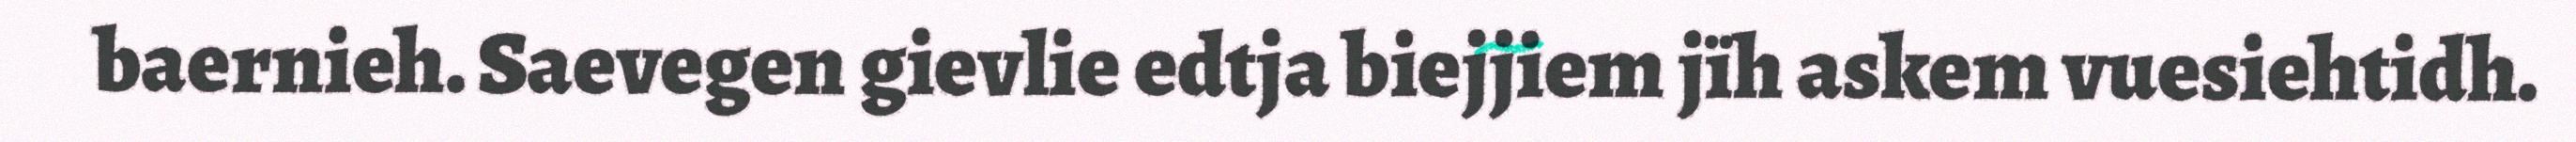
baernieh. Saevegen gievlie edtja biejjiem jïh askem vuesiehtidh.